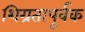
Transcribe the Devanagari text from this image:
शिग्रतापूर्वक